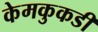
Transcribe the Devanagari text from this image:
केमकुकडी